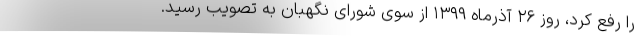
را رفع کرد، روز ۲۶ آذرماه ۱۳۹۹ از سوی شورای نگهبان به تصویب رسید.